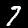
Label: 7